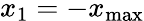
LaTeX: x_{1}=-x_{\textrm{max}}